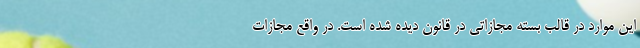
این موارد در قالب بسته مجازاتی در قانون دیده شده است. در واقع مجازات